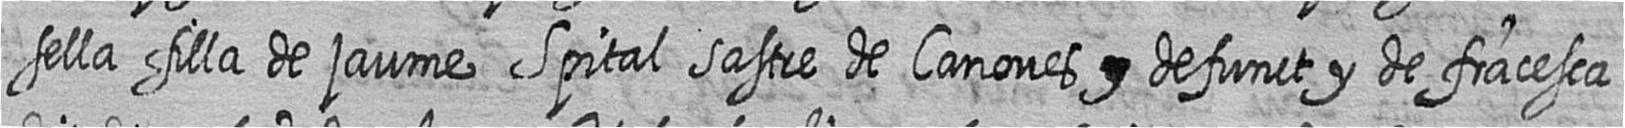
sella filla de jaume Spital sastre de Canoves # defunct y de fracesca